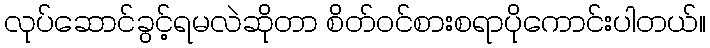
လုပ်ဆောင်ခွင့်ရမလဲဆိုတာ စိတ်ဝင်စားစရာပိုကောင်းပါတယ်။